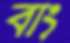
বাং